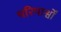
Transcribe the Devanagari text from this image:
परिपार्श्वों